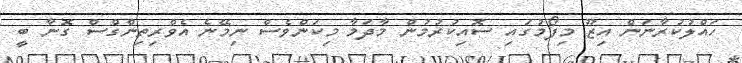
ހައްލުކުރާނަން އިޒޫ މިފޯމުގައި ސޮއިކުރުމުން މާދަމާ މިކަންވެސް ނިމޭނެ އެވްރިތިންގްސް ގޮނާ ބީ